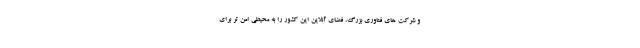
و شرکت های فناوری بزرگ، فضای آنلاین این کشور را به محیطی امن تر برای